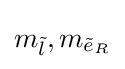
m_{\tilde {l}},m_{{\tilde {e}}_{R}}